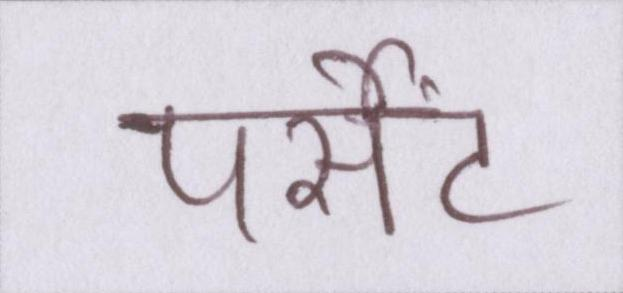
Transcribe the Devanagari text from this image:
पर्सेंट